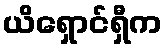
ယိရှောင်ရှီက